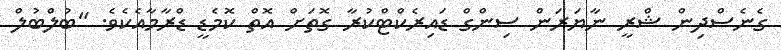
ގެނެސްދިން ޝްރީ ނާޔަރަން ސިންގް ޑައިރެކްޓްކުރާ ގޮތަށް އޮތް ކޮމެޑީ ޑްރާމާއެކެވެ. "ބުލްބުލް